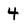
Character: 4